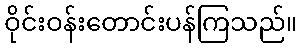
ဝိုင်းဝန်းတောင်းပန်ကြသည်။